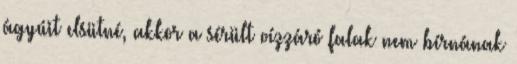
ágyúit elsütné, akkor a sérült vízzáró falak nem bírnának